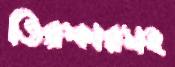
তিরস্কারসহ